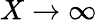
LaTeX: X\to\infty